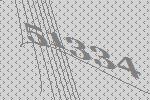
51334